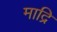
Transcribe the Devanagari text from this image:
माद्रि